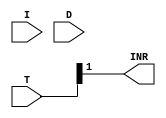
module PC_Control ( 
    I, D, T,INR 
); 
input I; 
input [7:0] T, D; 
output INR; 
assign INR = (T[1]); 
endmodule